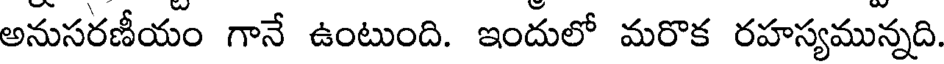
అనుసరణీయం గానే ఉంటుంది. ఇందులో మరొక రహస్యమున్నది